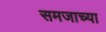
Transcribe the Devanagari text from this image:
समजाच्या